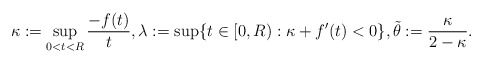
\begin{align*} \kappa:=\sup_{0<t<R}\frac{-f(t)}{t}, \lambda:=\sup \{t\in [0,R): \kappa+f'(t)<0\}, \tilde \theta:=\frac{\kappa}{2-\kappa}.\end{align*}